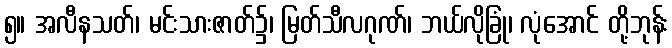
၅။ အလီနသတ်၊ မင်းသားဇာတ်၌၊ မြတ်သီလဂုဏ်၊ ဘယ်လိုခြုံ၊ လုံအောင် တို့ဘုန်း